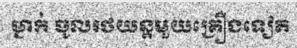
ម្នាក់ ចូលរថយន្តមួយគ្រឿងទៀត